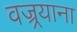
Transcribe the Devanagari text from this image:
वज्र्रयाना